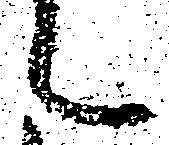
々